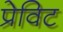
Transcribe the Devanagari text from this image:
प्रेविट